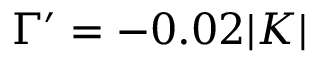
\Gamma ^ { \prime } = - 0 . 0 2 | K |